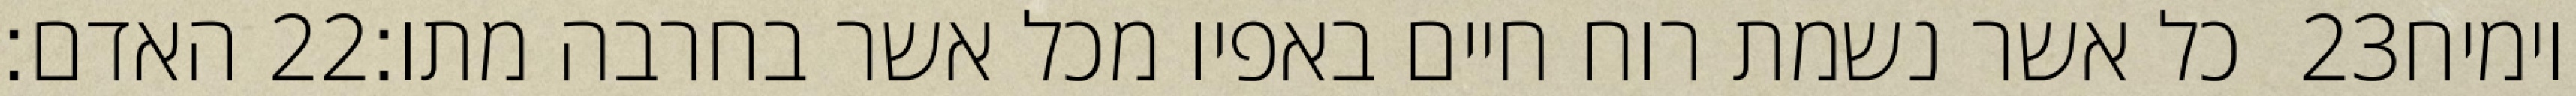
האדם׃ ‎22‏ כל אשר נשמת רוח חיים באפיו מכל אשר בחרבה מתו׃ ‎23‏ וימיח